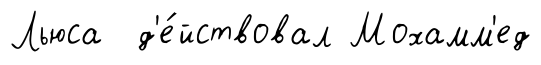
Льюса д'е́йствовал Мохамм'ед